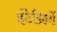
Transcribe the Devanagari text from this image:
इंटेग्रिनों